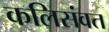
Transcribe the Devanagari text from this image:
कलिसंवत